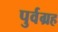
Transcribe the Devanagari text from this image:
पुर्वग्रह